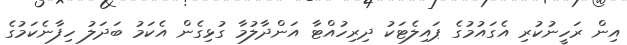
އިން ރަހީނުކުރި އެގައުމުގެ ޕައިލެޓަކު ދިރިހުއްޓާ އަންދާލުމާ ގުޅިގެން އެކަމު ބަދަލު ހިފާނެކަމުގެ